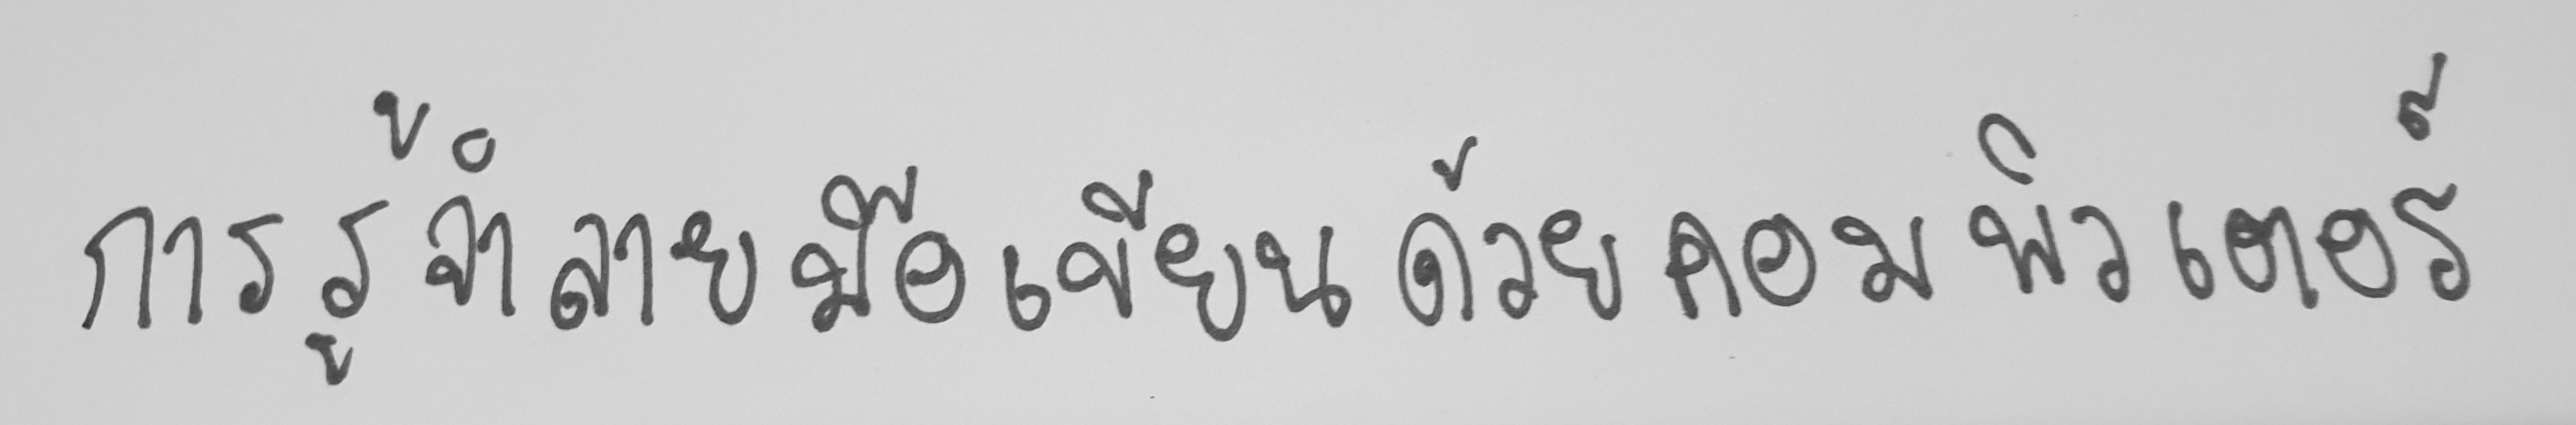
การรู้จำลายมือเขียนด้วยคอมพิวเตอร์